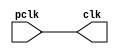
module femtoPLL #(
 parameter freq = 60
) (
 input 	pclk,
 output clk	   
);
   assign clk = pclk;   
endmodule